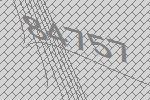
84757